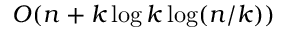
O ( n + k \log k \log ( n / k ) )